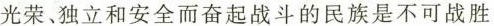
光荣、独立和安全而奋起战斗的民族是不可战胜